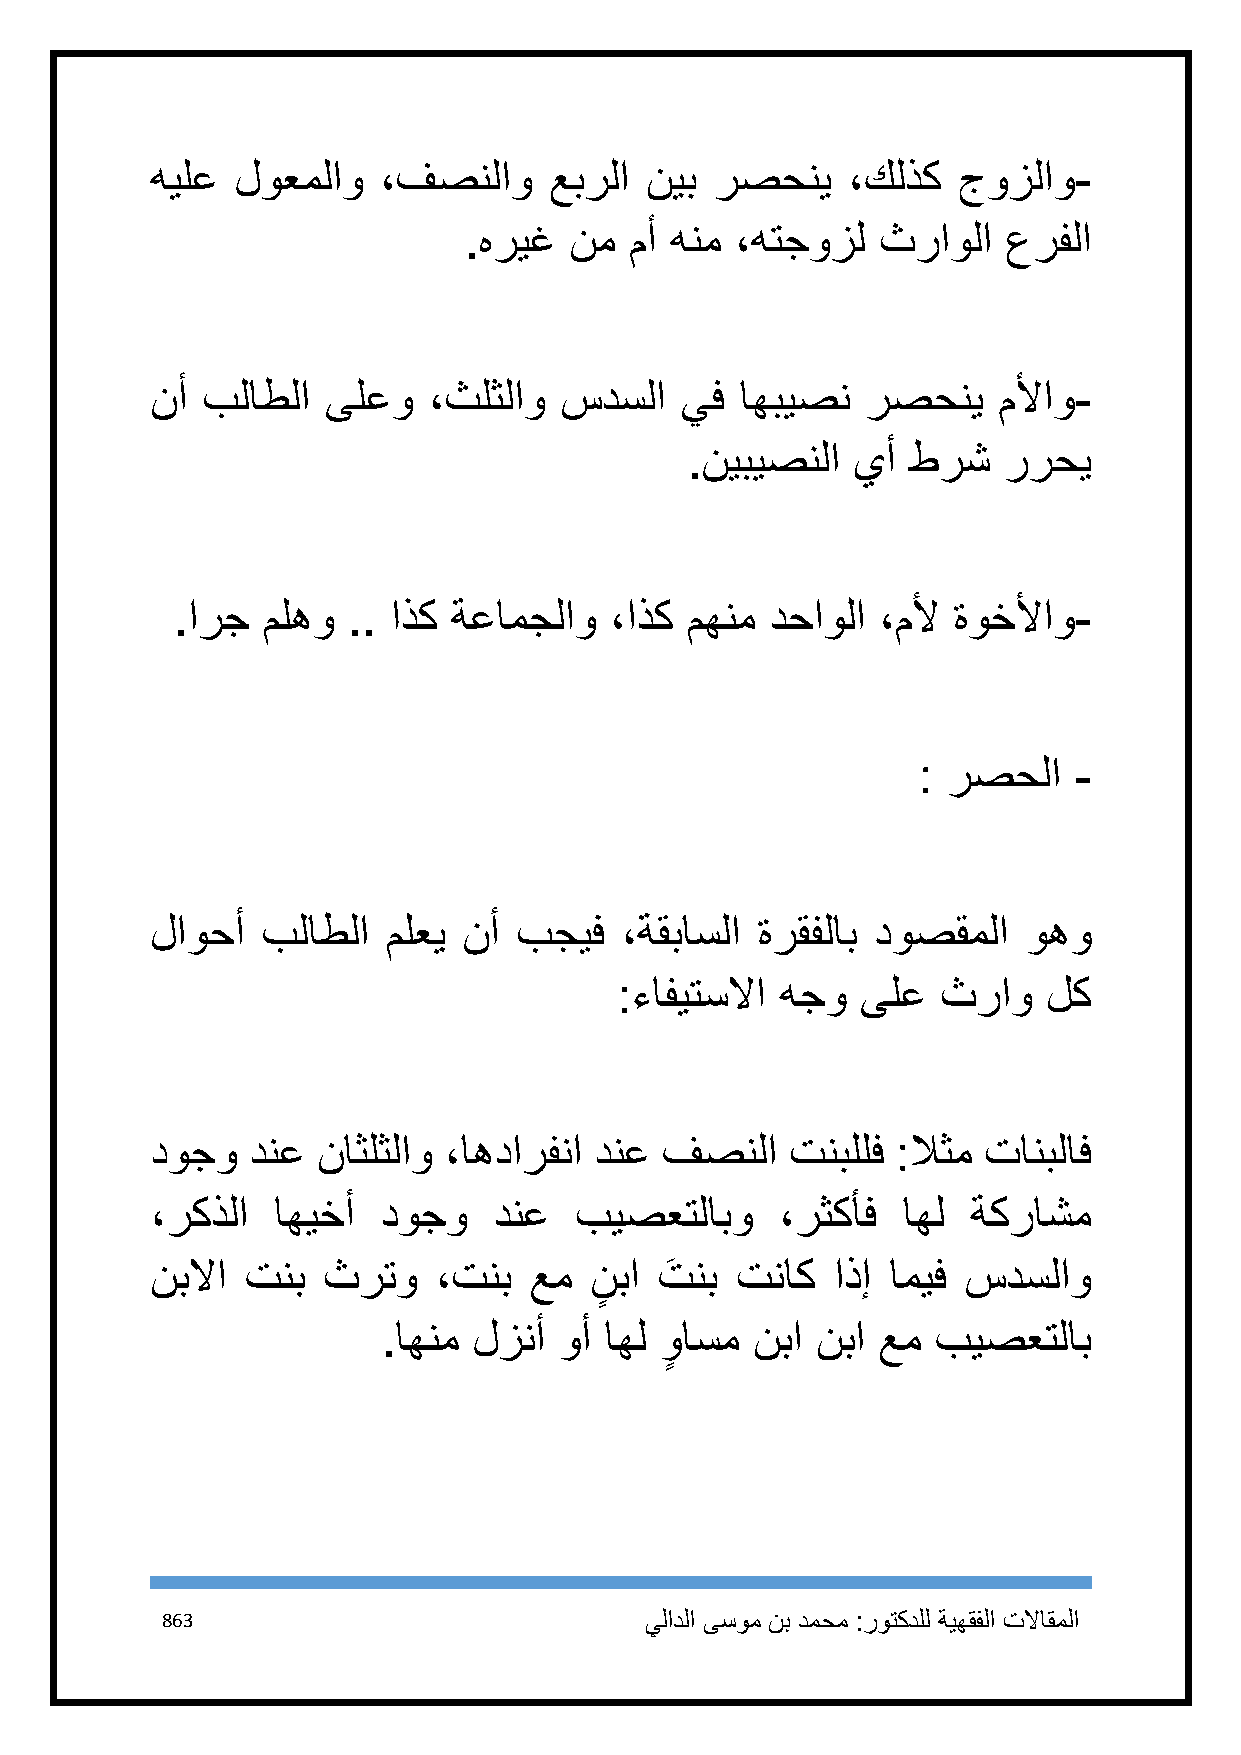
هيلع  لوعملاو  ،فصنلاو    عبرلا  نيب رصحني    ،كلذك  جوزلاو-
 .هريغ  نم  مأ هنم ،هتجوزل  ثراولا   عرفلا
 نأ بلاطلا   ىلعو  ،ثلثلاو  سدسلا   يف  اهبيصن  رصحني    ملأاو-
 .نيبيصنلا  يأ  طرش   ررحي
 .ارج ملهو  .. اذك ةعامجلاو  ،اذك مهنم  دحاولا ،ملأ ةوخلأاو-
 : رصحلا   -
 لاوحأ  بلاطلا   ملعي نأ بجيف   ،ةقباسلا ةرقفلاب دوصقملا   وهو
 :ءافيتسلاا هجو  ىلع  ثراو   لك
 دوجو   دنع ناثلثلاو ،اهدارفنا دنع فصنلا   تنبللف :لاثم تانبلاف
 ،ركذلا  اهيخأ  دوجو    دنع  بيصعتلابو     ،رثكأف  اهل ةكراشم
 نبلاا تنب  ثرتو    ،تنب  عم  ن
 ٍ
 با تَ نب تناك اذإ اميف سدسلاو
 .اهنم لزنأ  وأ اهل واسم  نبا نبا عم  بيصعتلاب
 ٍ
 863                             يلادلا ىسوم نب دمحم :روتكدلل ةيهقفلا تلااقملا